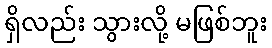
ရှိလည်း သွားလို့ မဖြစ်ဘူး